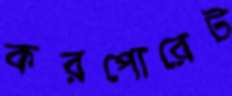
করপোরেট